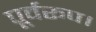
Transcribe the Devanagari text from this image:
पूर्वरूप।